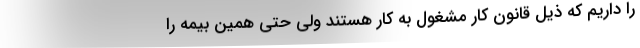
را داریم که ذیل قانون کار مشغول به کار هستند ولی حتی همین بیمه را